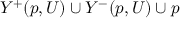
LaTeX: Y ^ { + } ( p , U ) \cup Y ^ { - } ( p , U ) \cup p